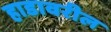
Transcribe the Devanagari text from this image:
हाडावरील